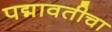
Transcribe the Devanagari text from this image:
पद्मावतीचा